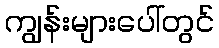
ကျွန်းများပေါ်တွင်